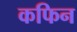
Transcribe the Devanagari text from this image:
कफिन